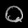
Digit: ၀